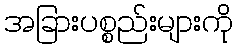
အခြားပစ္စည်းများကို